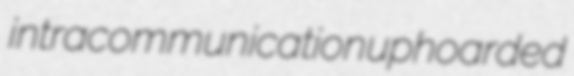
intracommunication uphoarded